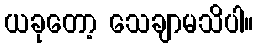
ယခုတော့ သေချာမသိပါ။